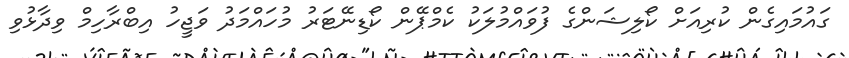
ގައުމައިގެން ކުރިއަށް ކޯލިޝަންގެ ފުވައްމުލަކު ކެމްޕޭން ކޯޑިނޭޓަރު މުހައްމަދު ވަޖީހު އިބްރާހިމް ވިދާޅުވި